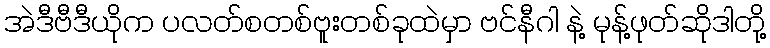
အဲဒီဗီဒီယိုက ပလတ်စတစ်ဗူးတစ်ခုထဲမှာ ဗင်နီဂါ နဲ့ မုန့်ဖုတ်ဆိုဒါတို့